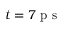
t = 7 \mathrm { ~ p ~ s ~ }